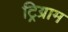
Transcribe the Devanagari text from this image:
ट्रिग्राम